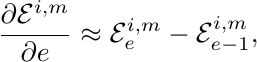
    \begin{equation*}
        \frac{\partial \mathcal{E}^{i,m}}{\partial e} \approx {\mathcal{E}^{i,m}_{e} - \mathcal{E}_{e - 1}^{i,m}},
    \end{equation*}